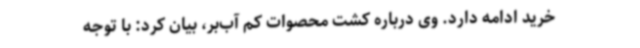
خرید ادامه دارد. وی درباره کشت محصوات کم آب‌بر، بیان کرد: با توجه